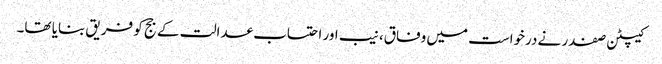
کیپٹن صفدر نے درخواست میں وفاق، نیب اور احتساب عدالت کے جج کو فریق بنایا تھا۔